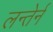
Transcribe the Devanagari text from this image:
लन्तेर्न